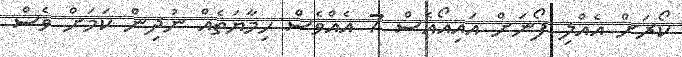
ކޯރަށް އެއްލި ފޯނަށް އައިއޯއެސް 7 އެއްވެސް ހިމާޔަތެއް ނުދިން ކަމަށް ވެސް